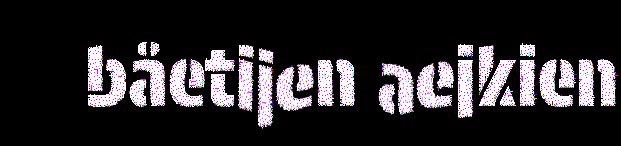
båetijen aejkien